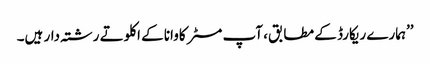
’’ہمارے ریکارڈ کے مطابق، آپ مسٹر کاوانا کے اکلوتے رشتہ دار ہیں۔